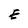
Character: E